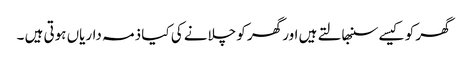
گھر کو کیسے سنبھالتے ہیں اور گھر کو چلانے کی کیا ذمہ داریاں ہوتی ہیں ۔